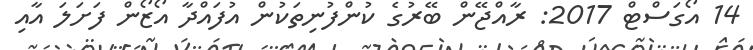
14 އޯގަސްޓް 2017: ރާއްޖޭން ބޭރުގެ ކުންފުނިތަކުން އުފައްދާ އޯޒޯން ފަށަލަ އާއި